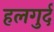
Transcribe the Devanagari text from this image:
हलगुर्द